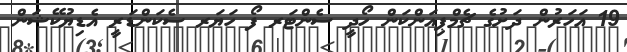
19 އަހަރުން ދަށުގެ ޗެމްޕިއަންކަން ހޯދީ ސެންޓަރ ފޯ ހަޔަރ ސެކަންޑަރީ އެޑިޔުކޭޝަން